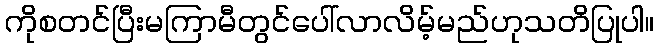
ကိုစတင်ပြီးမကြာမီတွင်ပေါ်လာလိမ့်မည်ဟုသတိပြုပါ။